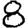
Digit: 8